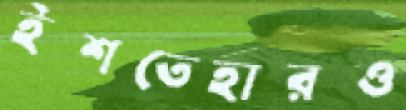
ইশতেহারও